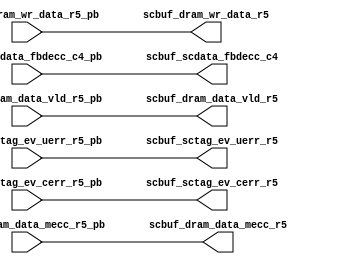
module scbuf_sig_buf (/*AUTOARG*/
   // Outputs
   scbuf_scdata_fbdecc_c4, scbuf_dram_wr_data_r5, 
   scbuf_dram_data_vld_r5, scbuf_dram_data_mecc_r5, 
   scbuf_sctag_ev_uerr_r5, scbuf_sctag_ev_cerr_r5, 
   // Inputs
   scbuf_scdata_fbdecc_c4_pb, scbuf_dram_wr_data_r5_pb, 
   scbuf_dram_data_vld_r5_pb, scbuf_dram_data_mecc_r5_pb, 
   scbuf_sctag_ev_uerr_r5_pb, scbuf_sctag_ev_cerr_r5_pb
   );


output  [623:0]  scbuf_scdata_fbdecc_c4;
output  [63:0]   scbuf_dram_wr_data_r5;
output           scbuf_dram_data_vld_r5;
output           scbuf_dram_data_mecc_r5;
output           scbuf_sctag_ev_uerr_r5;
output           scbuf_sctag_ev_cerr_r5;

input   [623:0]  scbuf_scdata_fbdecc_c4_pb;
input   [63:0]   scbuf_dram_wr_data_r5_pb;
input            scbuf_dram_data_vld_r5_pb;
input            scbuf_dram_data_mecc_r5_pb;
input            scbuf_sctag_ev_uerr_r5_pb;
input            scbuf_sctag_ev_cerr_r5_pb;



assign scbuf_scdata_fbdecc_c4[623:0] = scbuf_scdata_fbdecc_c4_pb[623:0];
assign scbuf_dram_wr_data_r5[63:0]   = scbuf_dram_wr_data_r5_pb[63:0];
assign scbuf_dram_data_vld_r5        = scbuf_dram_data_vld_r5_pb;
assign scbuf_dram_data_mecc_r5       = scbuf_dram_data_mecc_r5_pb;
assign scbuf_sctag_ev_uerr_r5        = scbuf_sctag_ev_uerr_r5_pb;
assign scbuf_sctag_ev_cerr_r5        = scbuf_sctag_ev_cerr_r5_pb;

endmodule